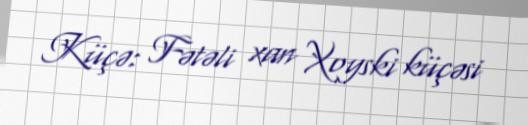
Küçə: Fətəli xan Xoyski küçəsi